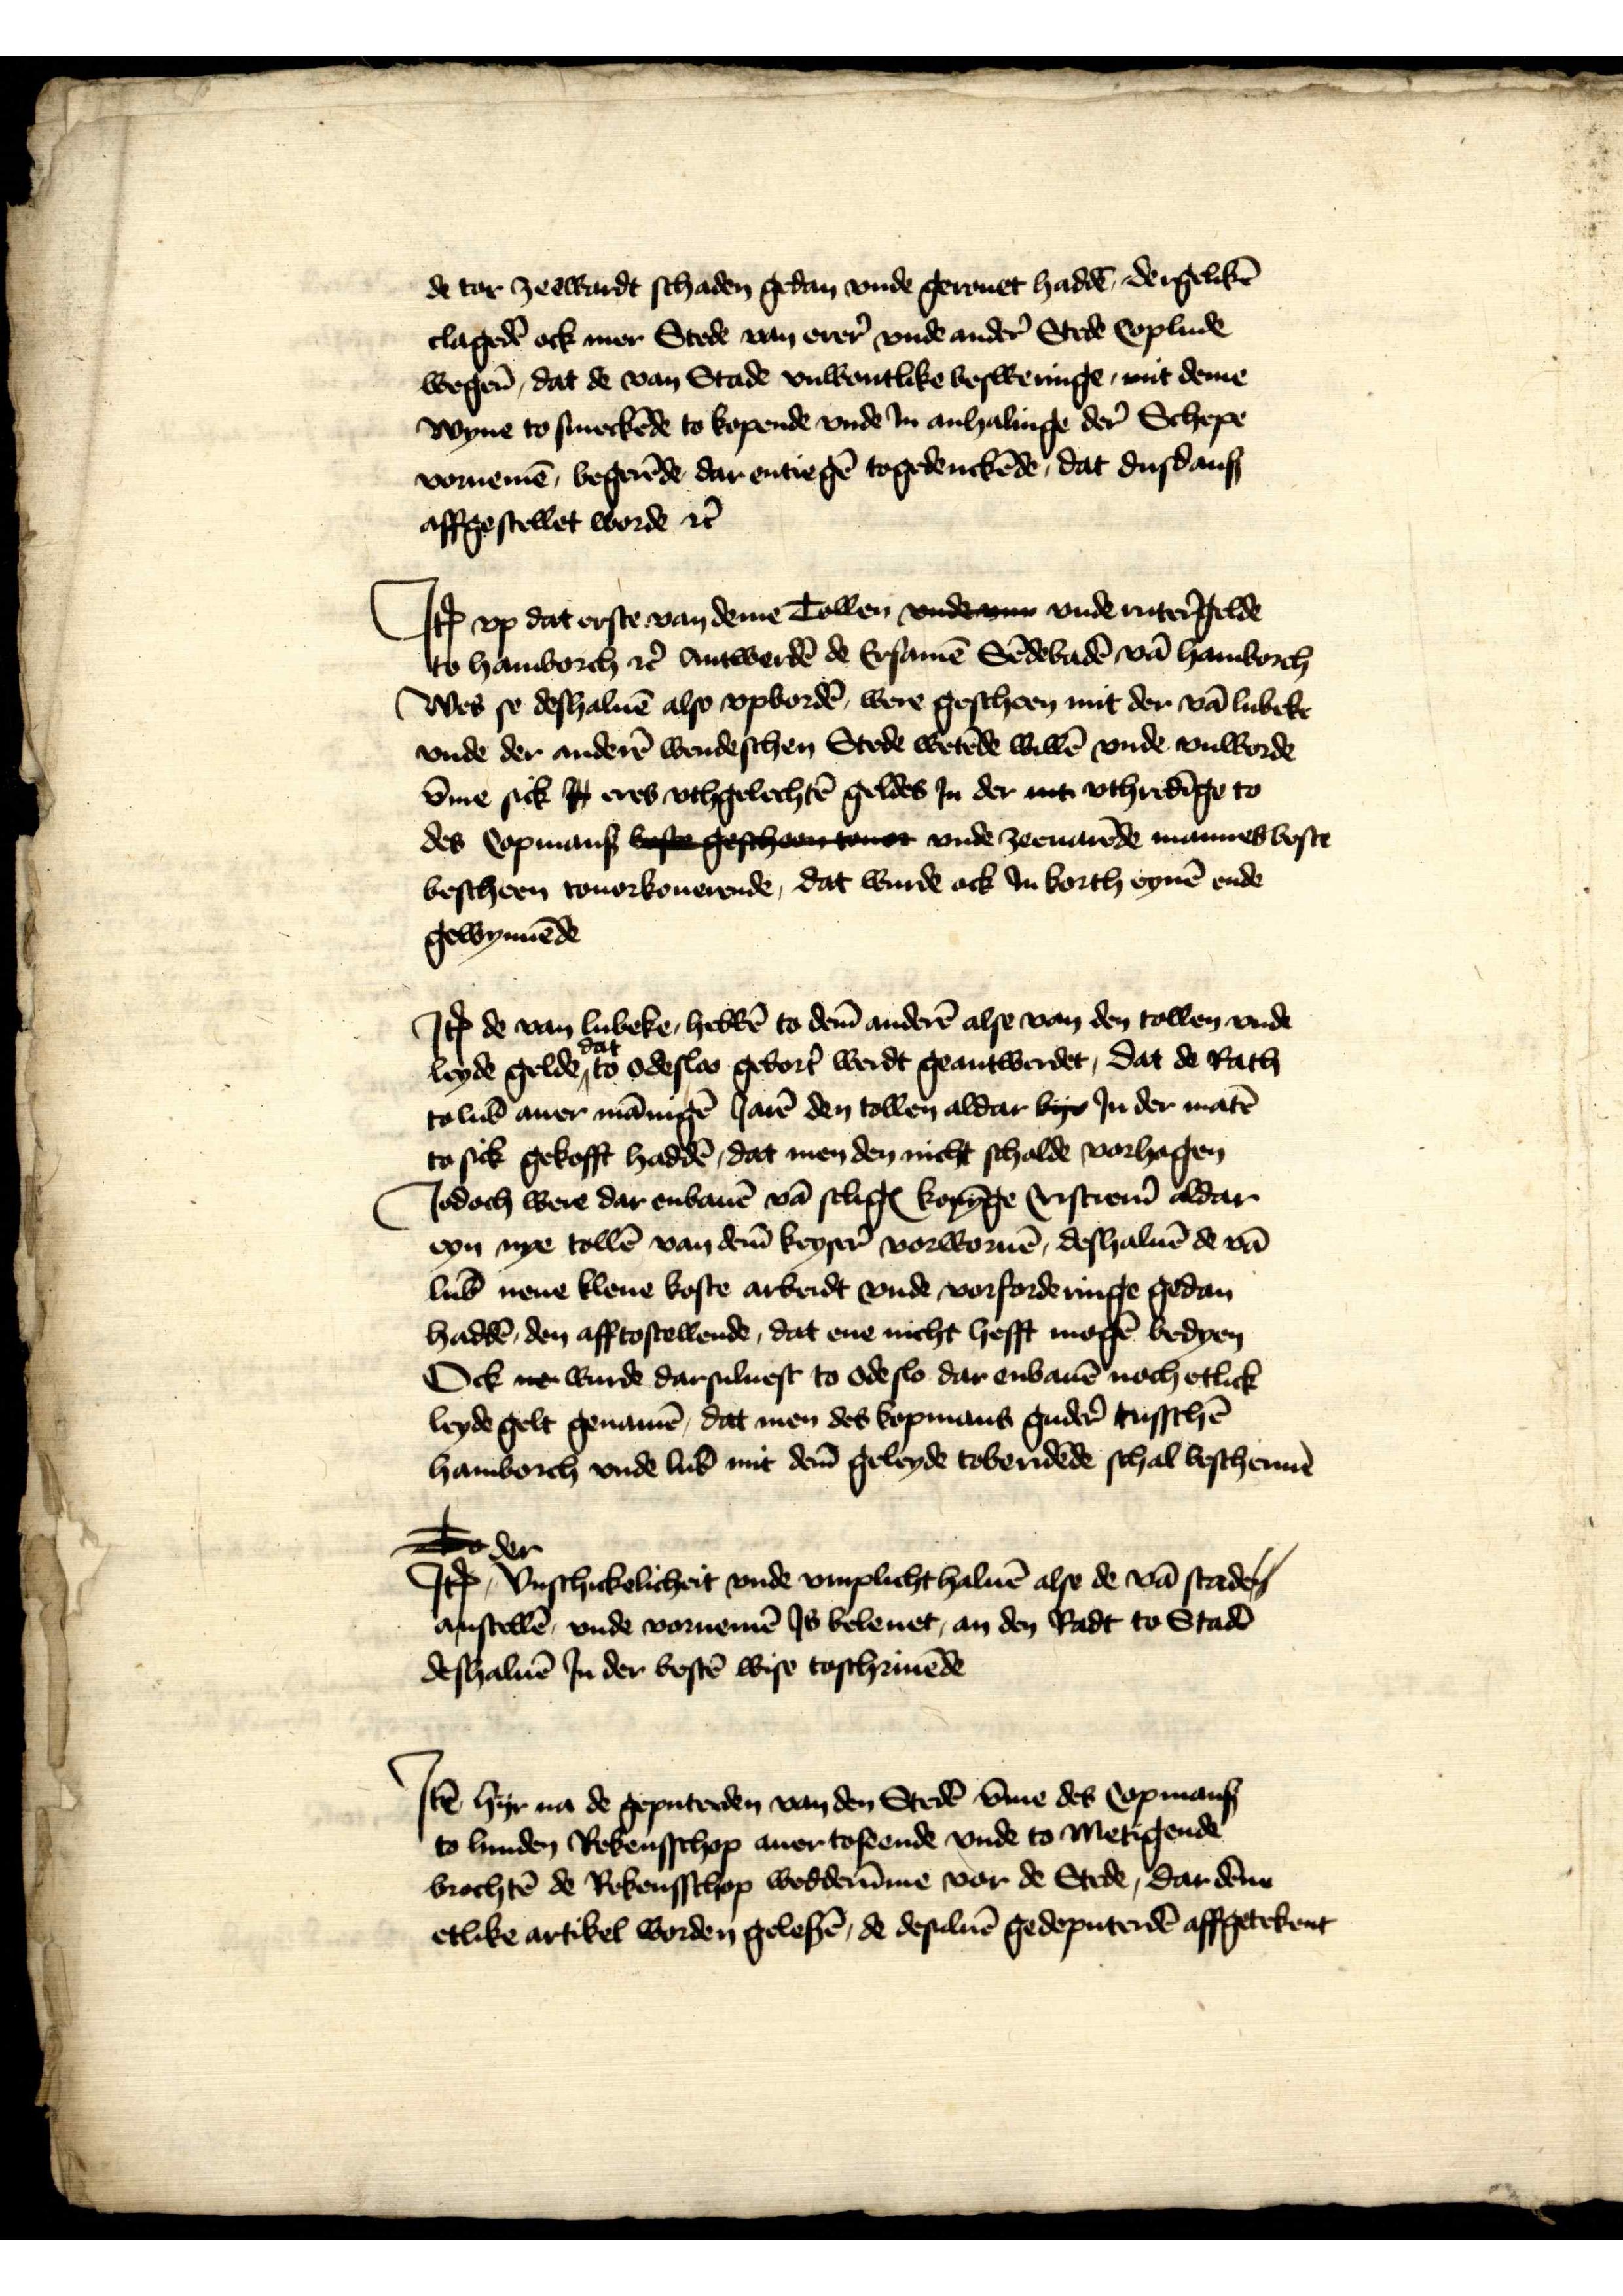
de tor zeewardt schaden gedan vnde gerouet haddē dergelikē
clagedē ock mer Stede van erer vnde ander̉ Stede Coplude
wegen̄, dat de van Stade vnwontlike besweringe, mit deme
wyne to smeckēde to kopende vnde Jn anhalinge der Schepe
vornemē, begerēde dar entiegē togedenckēde, dat dusdans
affgestellet worde et̉

Jꝷ vp dat erste van deme Tollen vnde vnn vnde ruter̉gelde
to Hamborch et̉ Antwerdē de Ersamē Sēdebadē vā Hamborch
Wes se deshaluē also vpbordē, were gescheen mit der vā Lubeke
vnde der anderē wendeschen Stede wetēde willē vnde vnworde
v̄me sick J eres vthgelechtē geldes Jn der mit vthredīge to
des Copmans best gescheen touor vnde zeeuarēde mannes boste
bescheen touorkouerende, dat wurde ock Jn borth eynē ende
gewynēde

Jꝷ de van Lubeke hebbē to dem̄ anderē alse van den tollen vnde
leyde gelde dat, to odesloo gebort̉ werdt geantwerdet, dat de Rath
to Lub̄ auer mānigē Jarē den tollen aldar byo Jn der matē
to sick gekofft haddē, dat men den nicht scholde vorhagen
Jodoch were dar enbauē vā seligꝬ Konīge Cristienỉ aldar
eyn nye tollē van dem̄ keyser vorwornē, deshaluē de vā

Lub̄ nene klene koste arbeidt vnde vorforderinge gedan
haddē, den afftostellende, dat ene nicht hefft mogē bedyen
Ock nen wurde darsuluest to odeslo dar enbauē noch etlick
leyde gelt genamē, dat men des kopmans guder̉ tusschē
Hamborch vnde Lub̄ mit dem̄ geleyde toberidēde schal beschermē

Jꝷ der Vnschickelicheit vnde vmplicht haluē alse de vā Stade
anstellē, vnde vornemē Js beleuet, an den Radt to Stadē
deshaluē Jn der bestē wise toschriuēde

Jꝷ hyr na de geputerden van den Stedē v̄me des Copmans
to Lunden Rekensschop auer toseende vnde to Metigende
brochtē de Rekensschop wedderūme vor de Stede, dar dēne
etlike artikel worden gelesē, de desuluē gedeputerdē affgetekent